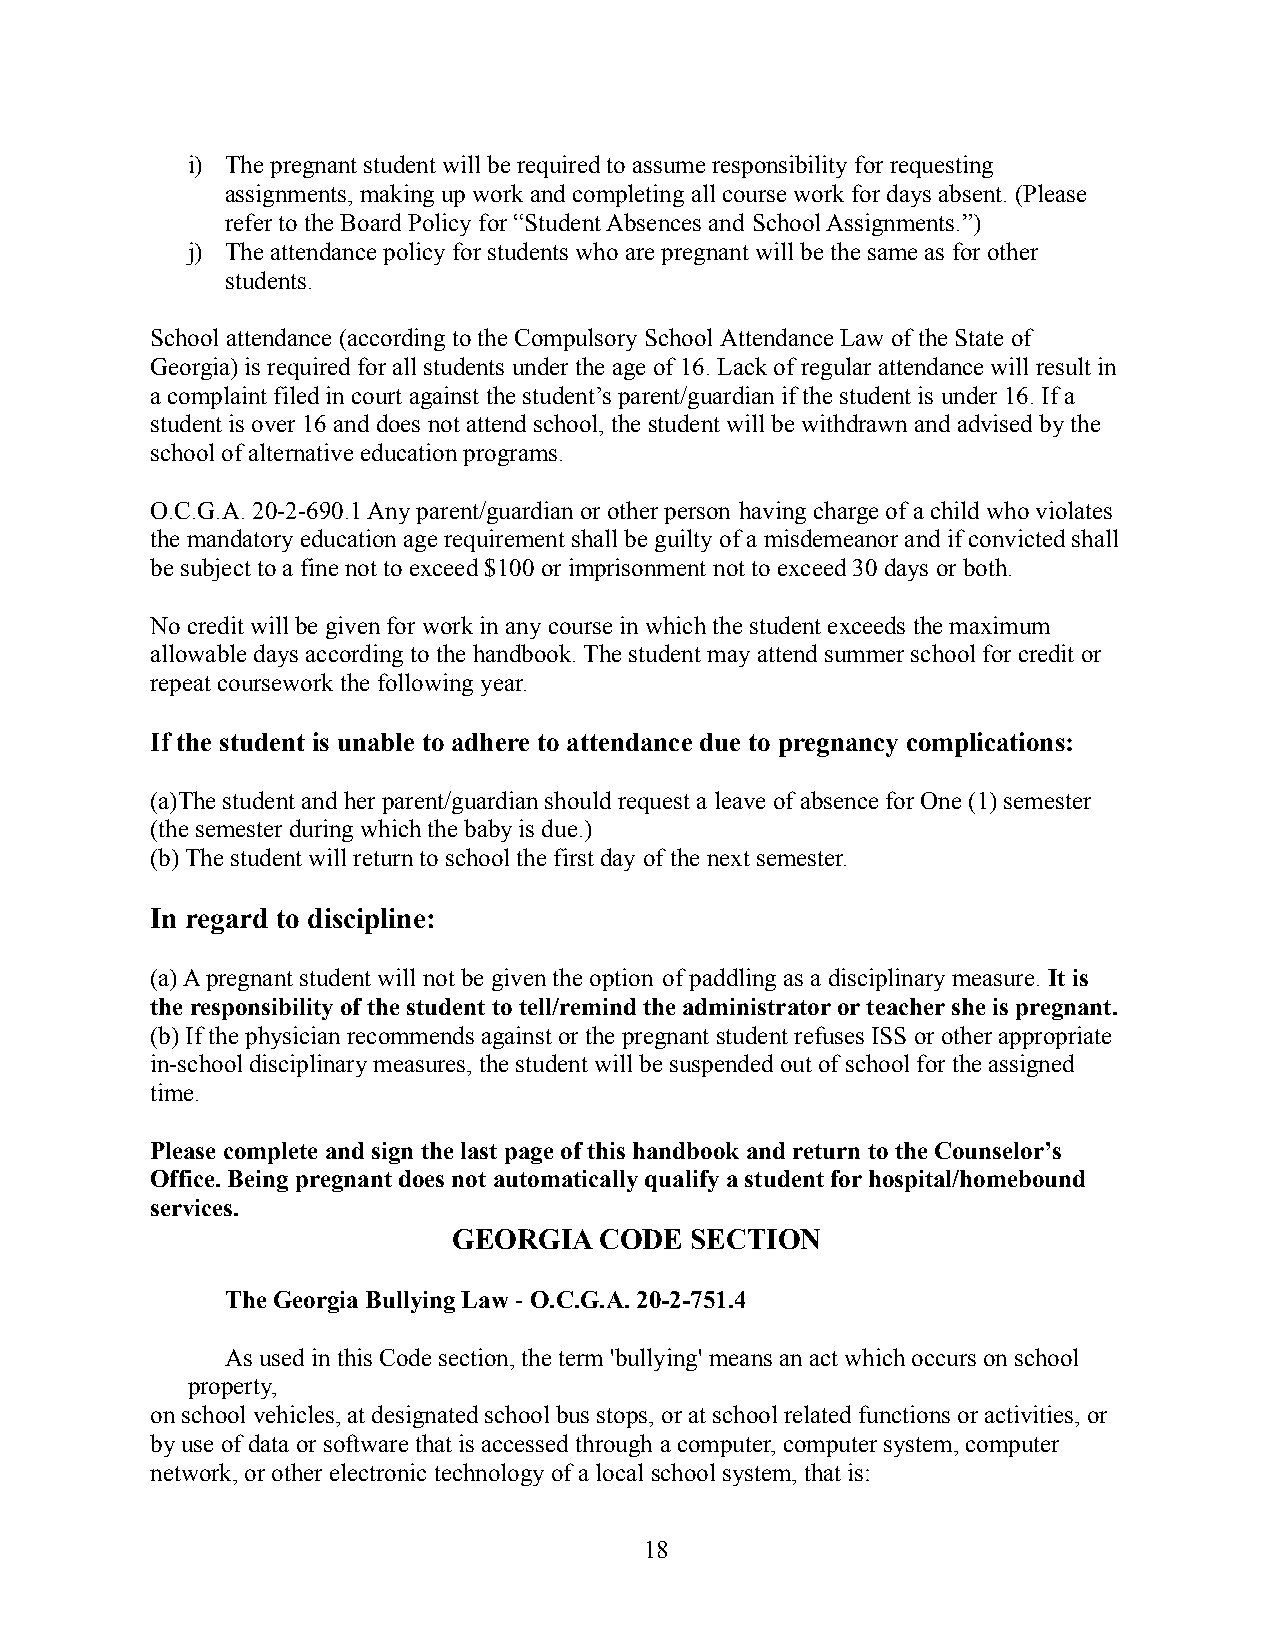
i) The pregnant student will be required to assume responsibility for requesting
 assignments, making up work and completing all course work for days absent. (Please
 refer to the Board Policy for “Student Absences and School Assignments.”)
 j) The attendance policy for students who are pregnant will be the same as for other
 students.
 School attendance (according to the Compulsory School Attendance Law of the State of
 Georgia) is required for all students under the ageof 16. Lack of regular attendance will result in
 a complaint filed in court against the student’s parent/guardianif the student is under 16. If a
 student is over 16 and does not attend school, the student will be withdrawn and advised by the
 school of alternative education programs.
 O.C.G.A. 20-2-690.1 Any parent/guardian or other person having charge of a child who violates
 the mandatory education age requirement shall be guiltyof a misdemeanor and if convicted shall
 be subject to a fine not to exceed $100 or imprisonmentnot to exceed 30 days or both.
 No credit will be given for work in any course in which the student exceeds the maximum
 allowable days according to the handbook. The student may attend summer school for credit or
 repeat coursework the following year.
 If the student is unable to adhere to attendance due to pregnancy complications:
 (a)The student and her parent/guardian should requesta leave of absence for One (1) semester
 (the semester during which the baby is due.)
 (b) The student will return to school the first day of the next semester.
 In regard to discipline:
 (a) A pregnant student will not be given the option of paddling as a disciplinary measure.It is
 the responsibility of the student to tell/remind the administrator or teacher she is pregnant.
 (b) If the physician recommends against or the pregnantstudent refuses ISS or other appropriate
 in-school disciplinary measures, the student will be suspended out of school for the assigned
 time.
 Please complete and sign the last page of this handbook and return to the Counselor’s
 Office. Being pregnant does not automatically qualify a student for hospital/homebound
 services.
 GEORGIA   CODE  SECTION
 The Georgia Bullying Law -O.C.G.A. 20-2-751.4
 As used in this Code section, the term 'bullying' means an act which occurs on school
 property,
 on school vehicles, at designated school bus stops,or at school related functions or activities, or
 by use of data or software that is accessed through a computer, computer system, computer
 network, or other electronic technology of a localschool system, that is:
 18